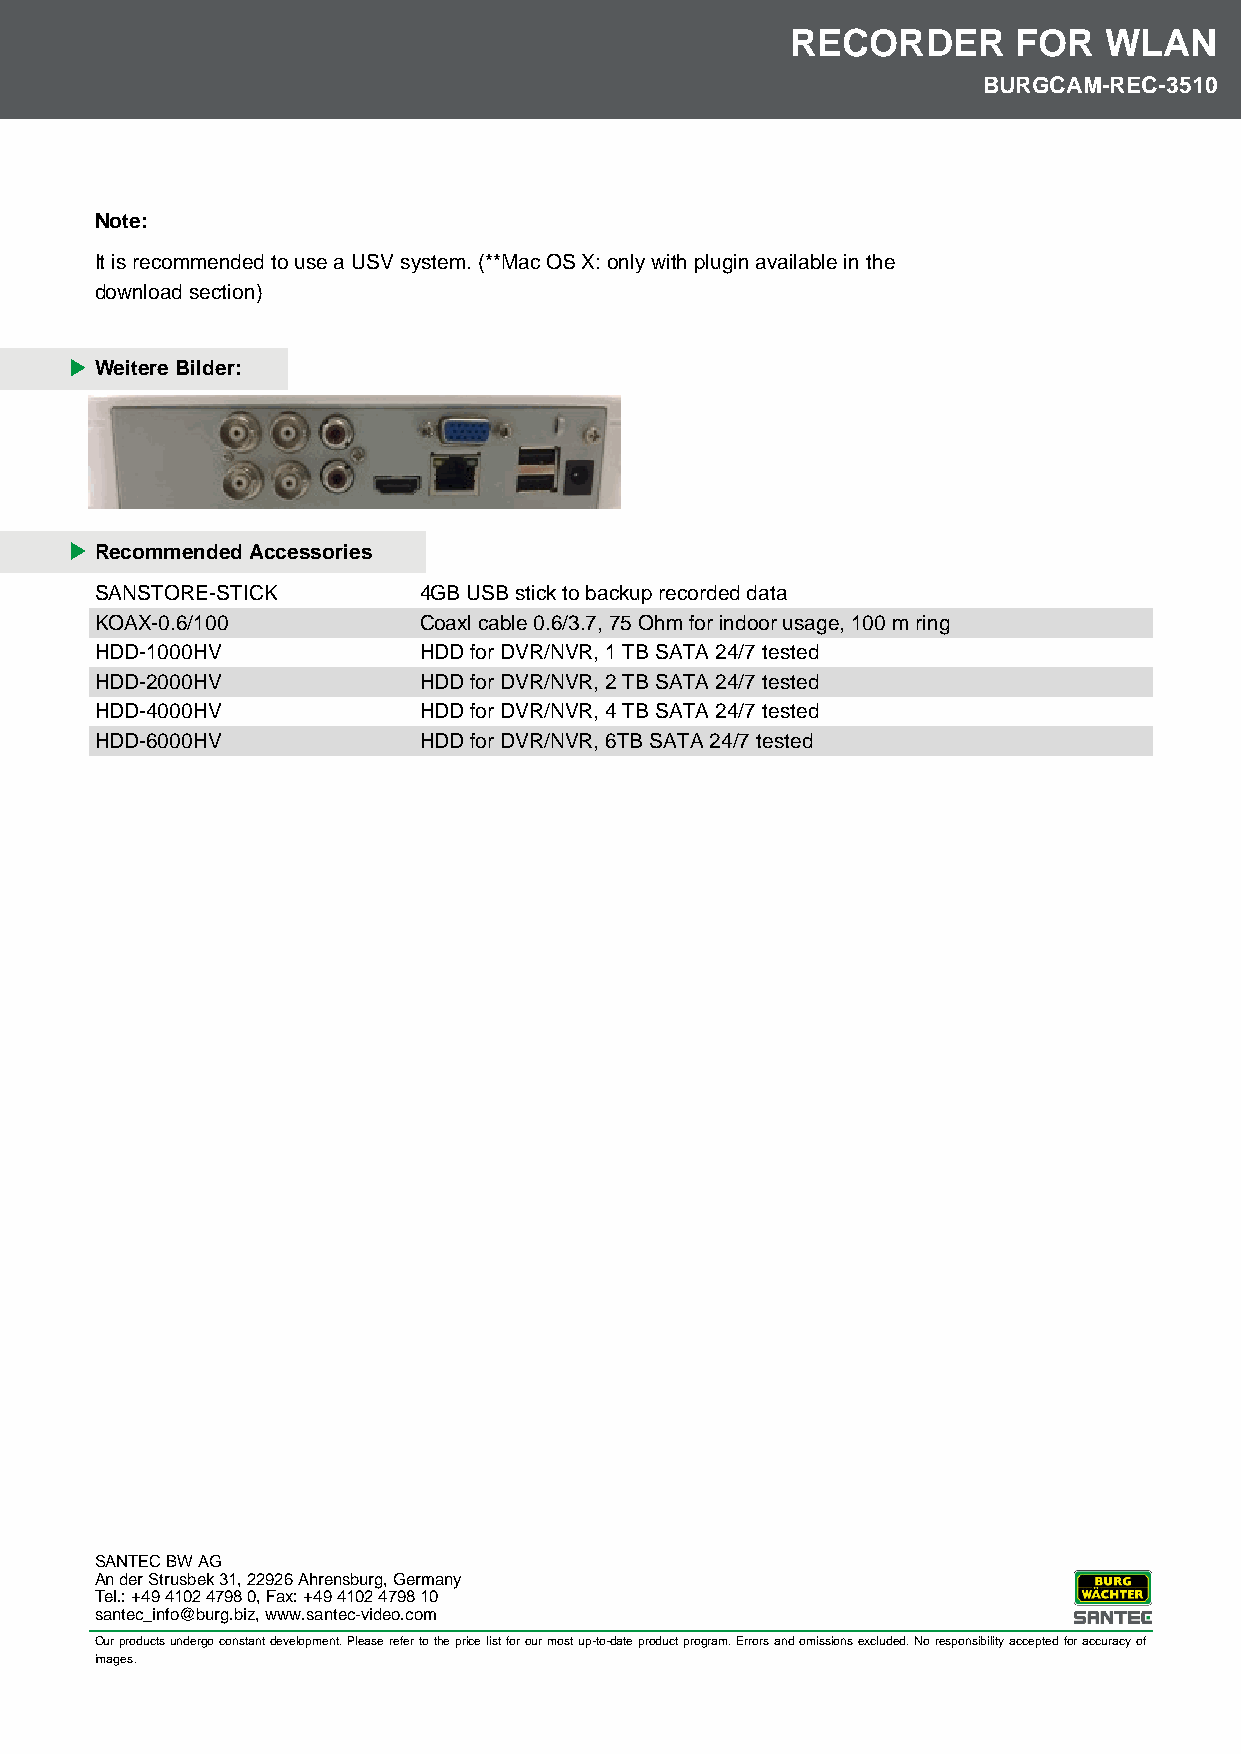
RECORDER       FOR   WLAN
 BURGCAM-REC-3510
 Note:
 It is recommended to use a USV system. (**Mac OS X: only with plugin available in the
 download section)
 Weitere Bilder:
 Recommended Accessories
 SANSTORE-STICK        4GB USB stick to backup recorded data
 KOAX-0.6/100          Coaxl cable 0.6/3.7, 75 Ohm for indoor usage, 100 m ring
 HDD-1000HV            HDD for DVR/NVR, 1 TB SATA 24/7 tested
 HDD-2000HV            HDD for DVR/NVR, 2 TB SATA 24/7 tested
 HDD-4000HV            HDD for DVR/NVR, 4 TB SATA 24/7 tested
 HDD-6000HV            HDD for DVR/NVR, 6TB SATA 24/7 tested
 SANTEC BW AG
 An der Strusbek 31, 22926 Ahrensburg, Germany
 Tel.: +49 4102 4798 0, Fax: +49 4102 4798 10
 santec_info@burg.biz, www.santec-video.com
 Our products undergo constant development. Please refer to the price list for our most up-to-date product program. Errors and omissions excluded. No responsibility accepted for accuracy of
 images.